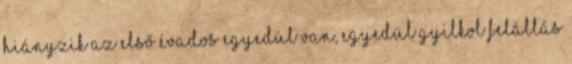
hiányzik az első évados egyedül van, egyedül gyilkol felállás